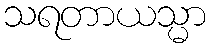
သရတာယသ္မာ